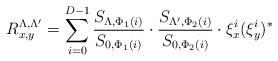
LaTeX: \begin{align*}R^{\Lambda,\Lambda'}_{x,y} = \sum_{i=0}^{D-1}\frac{S_{\Lambda,\Phi_1(i)}}{S_{0,\Phi_1(i)}} \cdot\frac{S_{\Lambda',\Phi_2(i)}}{S_{0,\Phi_2(i)}} \cdot\xi^i_x (\xi^i_y)^*\end{align*}